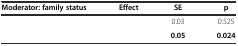
<table><thead><tr><td><b>Moderator: family status</b></td><td><b>Effect</b></td><td><b>SE</b></td><td><b>p</b></td></tr></thead><tbody><tr><td>[EMPTY_CELL]</td><td>[EMPTY_CELL]</td><td>0.03</td><td>0.525</td></tr><tr><td>[EMPTY_CELL]</td><td>[EMPTY_CELL]</td><td><b>0.05</b></td><td><b>0.024</b></td></tr></tbody></table>